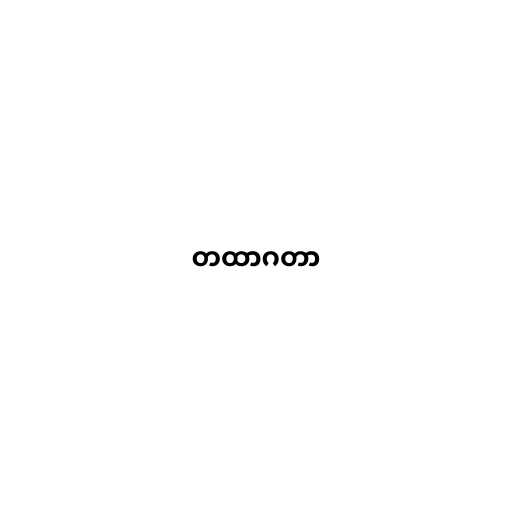
တထာဂတာ